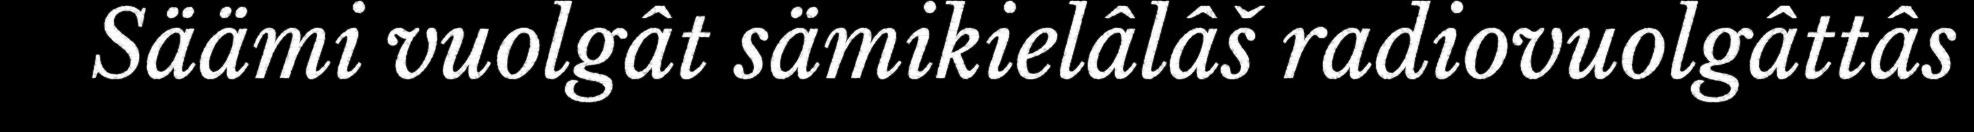
Säämi vuolgât sämikielâlâš radiovuolgâttâs